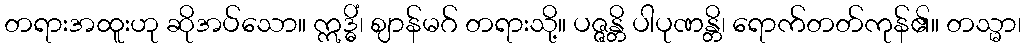
တရားအထူးဟု ဆိုအပ်သော။ ဣဒ္ဓိံ၊ ဈာန်မဂ် တရားသို့။ ပဇ္ဇန္တိ ပါပုဏန္တိ၊ ရောက်တတ်ကုန်၏။ တသ္မာ၊